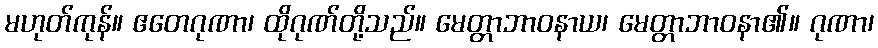
မဟုတ်ကုန်။ ဧတေဂုဏာ၊ ထိုဂုဏ်တို့သည်။ မေတ္တာဘာဝနာယ၊ မေတ္တာဘာဝနာ၏။ ဂုဏာ၊